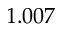
1 . 0 0 7